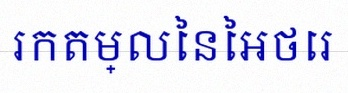
រកតម្លៃនៃអថេរ